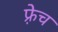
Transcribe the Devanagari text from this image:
फ़्रेच